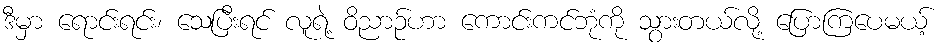
ဒီမှာ ရောင်းရင်း၊ သေပြီးရင် လူရဲ့ ဝိညာဉ်ဟာ ကောင်းကင်ဘုံကို သွားတယ်လို့ ပြောကြပေမယ့်